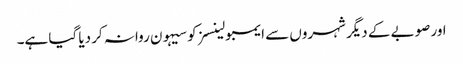
اور صوبے کے دیگر شہروں سے ایمبولینسز کو سیہون روانہ کر دیا گیا ہے۔